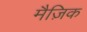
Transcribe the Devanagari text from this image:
मैज़िक